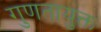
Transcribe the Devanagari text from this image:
गुणतायुक्त